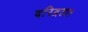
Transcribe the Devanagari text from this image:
दरिद्रता।